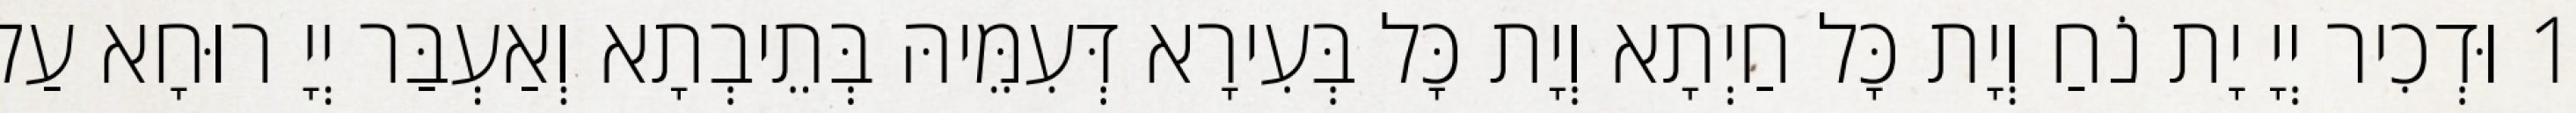
1 וּדְכִיר יְיָ יָת נֹחַ וְיָת כָּל חַיְתָא וְיָת כָּל בְּעִירָא דְּעִמֵּיהּ בְּתֵיבְתָא וְאַעְבַּר יְיָ רוּחָא עַל